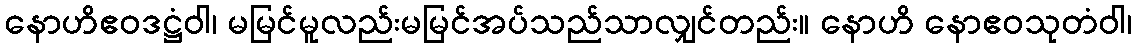
နောဟိဧဝဒဋ္ဌံဝါ၊ မမြင်မူလည်းမမြင်အပ်သည်သာလျှင်တည်း။ နောဟိ နောဧဝသုတံဝါ၊